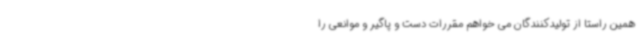
همین راستا از تولیدکنندگان می خواهم مقررات دست و پاگیر و موانعی را